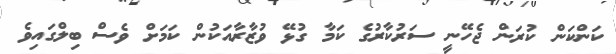
ކަންކަން ކުރަން ޖެހޭނީ ސަރުކާރުގެ ކަމާ ގުޅޭ ވުޒާރާއަކުން ކަމަށް ވެސް ބިލްގައިވެ